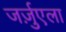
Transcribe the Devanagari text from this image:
जर्ज़ुएला